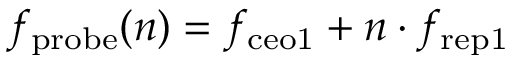
f _ { \mathrm { p r o b e } } ( n ) = f _ { \mathrm { c e o 1 } } + n \cdot f _ { \mathrm { r e p 1 } }